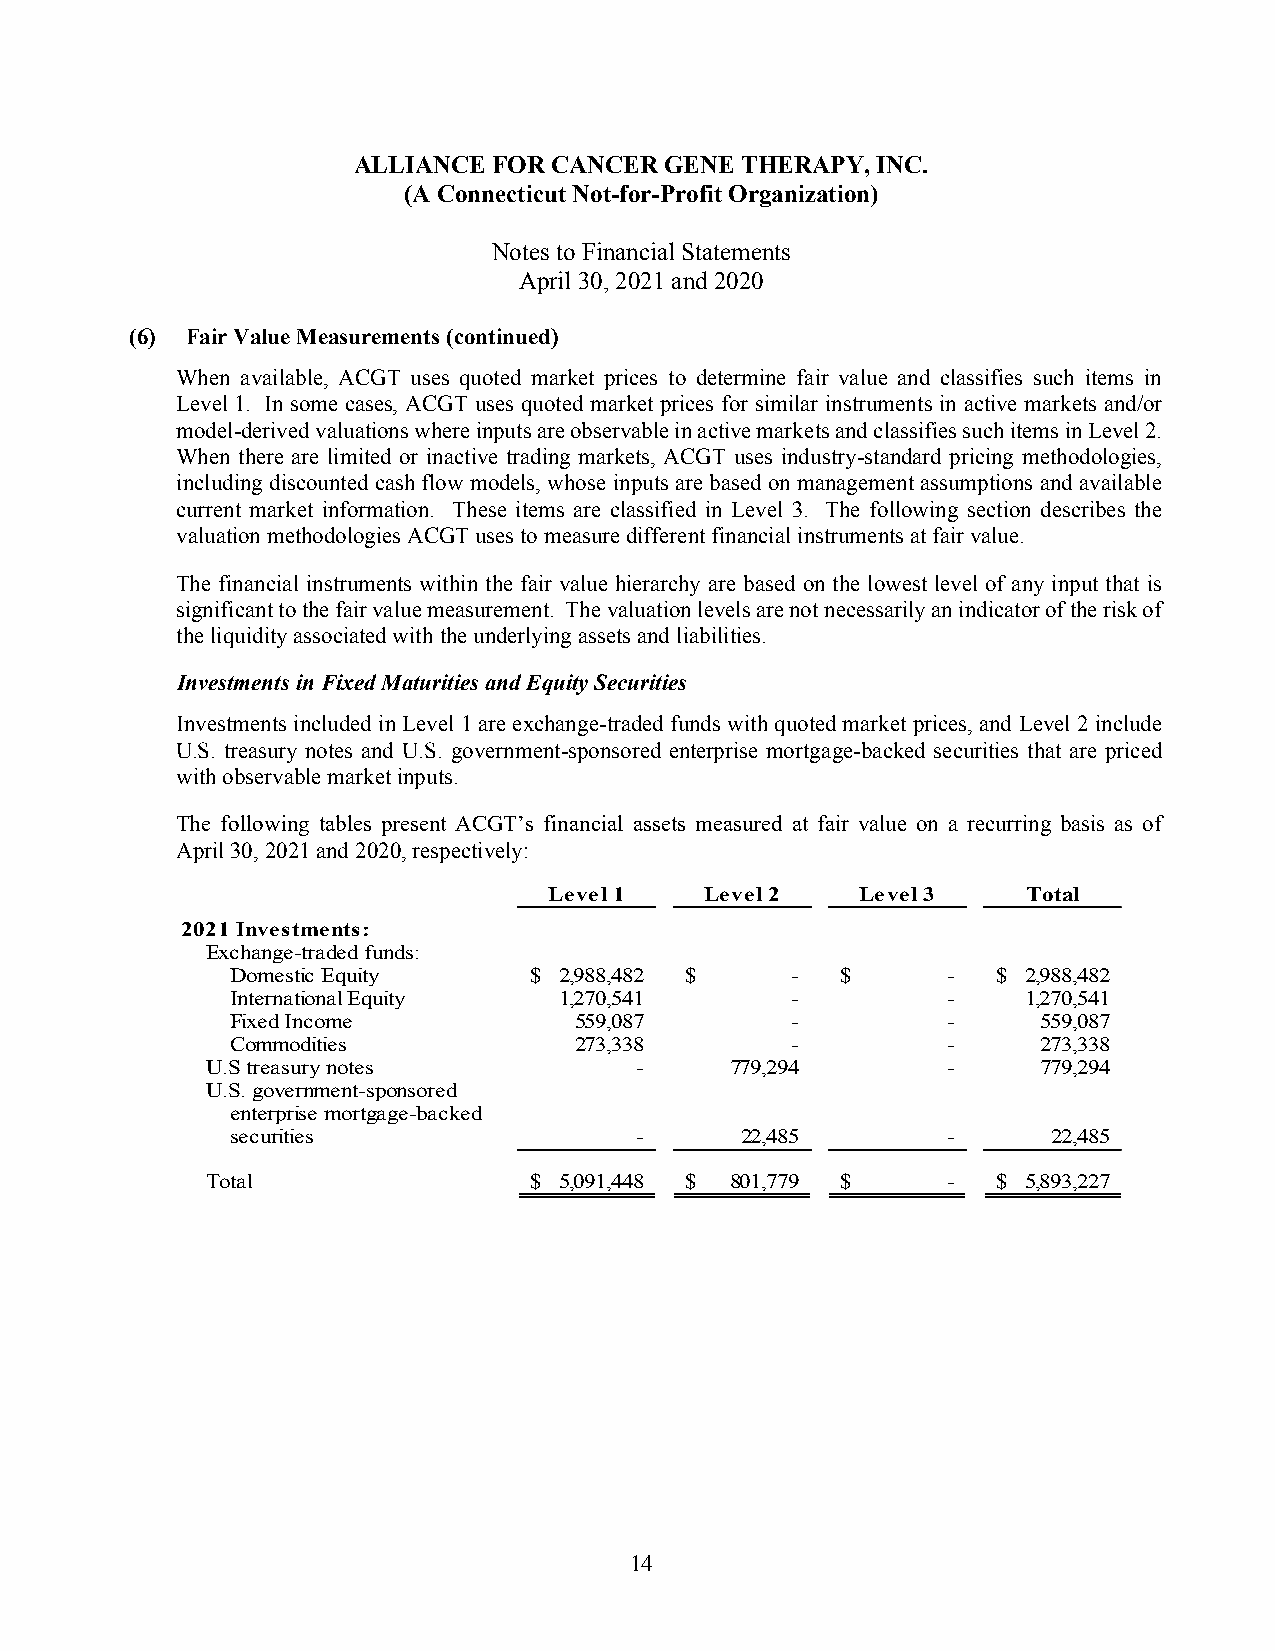
ALLIANCE  FOR CANCER GENE THERAPY, INC.
 (A Connecticut Not-for-Profit Organization)
 Notes to Financial Statements
 April 30, 2021 and 2020
 (6) Fair Value Measurements (continued)
 When available, ACGT uses quoted market prices to determine fair value and classifies such items in
 Level 1. In some cases, ACGT uses quoted market prices for similar instruments in active markets and/or
 model-derived valuations where inputs are observable in active markets and classifies such items in Level 2.
 When there are limited or inactive trading markets, ACGT uses industry-standard pricing methodologies,
 including discounted cash flow models, whose inputs are based on management assumptions and available
 current market information. These items are classified in Level 3. The following section describes the
 valuation methodologies ACGT uses to measure different financial instruments at fair value.
 The financial instruments within the fair value hierarchy are based on the lowest level of any input that is
 significant to the fair value measurement. The valuation levels are not necessarily an indicator of the risk of
 the liquidity associated with the underlying assets and liabilities.
 Investments in Fixed Maturities and Equity Securities
 Investments included in Level 1 are exchange-traded funds with quoted market prices, and Level 2 include
 U.S. treasury notes and U.S. government-sponsored enterprise mortgage-backed securities that are priced
 with observable market inputs.
 The following tables present ACGT’s financial assets measured at fair value on a recurring basis as of
 April 30, 2021 and 2020, respectively:
 Level 1    Level 2   Level 3    Total
 2021 Investments:
 Exchange-traded funds:
 Domestic Equity     $ 2 ,988,482 $   -   $      -  $ 2 ,988,482
 International Equity  1,270,541      -          -    1,270,541
 Fixed Income           559,087       -          -     559,087
 Commodities            273,338       -          -     273,338
 U.S treasury notes          -     779,294        -     779,294
 U.S. government-sponsored
 enterprise mortgage-backed
 securities                 -      2 2,485       -      2 2,485
 Total                $ 5 ,091,448 $ 801,779 $    -  $ 5 ,893,227
 14